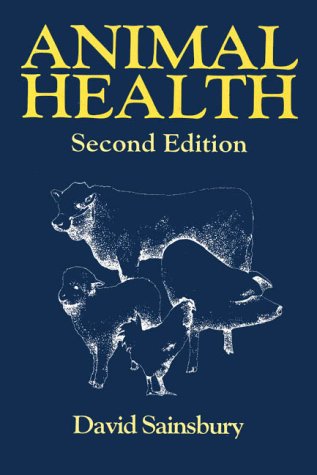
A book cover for Animal Health; David Sainsbury; Medical Books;